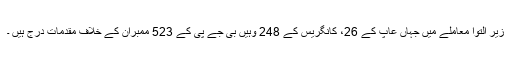
زیر التوا معاملے میں جہاں عاپ کے 26، کانگریس کے 248 وہیں بی جے پی کے 523 ممبران کے خلاف مقدمات درج ہیں ۔